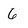
Character: 6